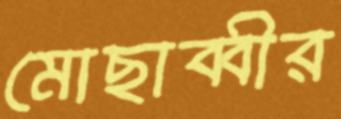
মোছাব্বীর